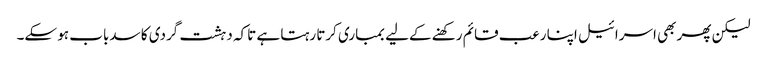
لیکن پھر بھی اسرائیل اپنا رعب قائم رکھنے کےلیے بمباری کرتا رہتا ہے تاکہ دہشت گردی کا سدباب ہو سکے۔